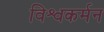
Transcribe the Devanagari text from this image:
विश्वकर्मन